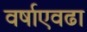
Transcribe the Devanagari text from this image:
वर्षाएवढा